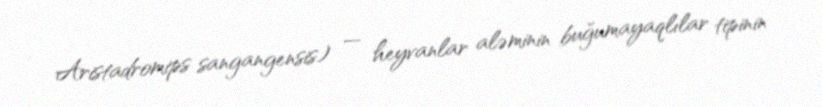
Aristadromips sangangensis) — heyvanlar aləminin buğumayaqlılar tipinin